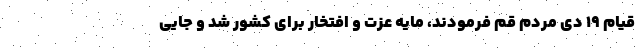
قیام ۱۹ دی مردم قم فرمودند، مایه عزت و افتخار برای کشور شد و جایی